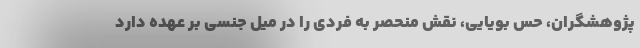
پژوهشگران، حس بویایی، نقش منحصر به فردی را در میل جنسی بر عهده دارد